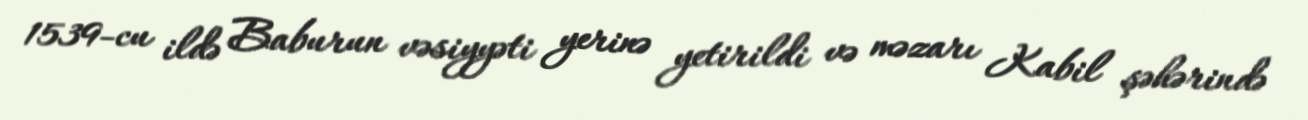
1539-cu ildə Baburun vəsiyyəti yerinə yetirildi və məzarı Kabil şəhərində